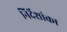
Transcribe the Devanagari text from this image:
निर्देशांका